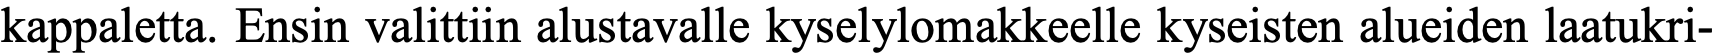
kappaletta. Ensin valittiin alustavalle kyselylomakkeelle kyseisten alueiden laatukri-